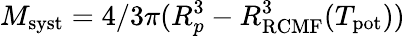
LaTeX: M_{\mathrm{syst}}=4/3\pi(R_{p}^{3}-R_{\mathrm{RCMF}}^{3}(T_{\mathrm{pot}}))